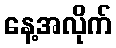
နေ့အလိုက်